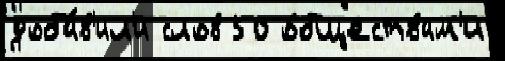
доба́в'ил'и слов 50 о́бществам'и